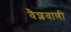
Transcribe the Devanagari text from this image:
वैशवाणी